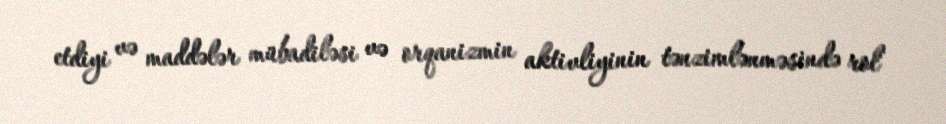
etdiyi və maddələr mübadiləsi və orqanizmin aktivliyinin tənzimlənməsində rol